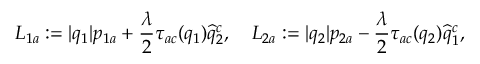
L _ { 1 a } : = \vert q _ { 1 } \vert p _ { 1 a } + \frac { \lambda } { 2 } \tau _ { a c } ( q _ { 1 } ) \widehat { q } _ { 2 } ^ { c } , \quad L _ { 2 a } : = \vert q _ { 2 } \vert p _ { 2 a } - \frac { \lambda } { 2 } \tau _ { a c } ( q _ { 2 } ) \widehat { q } _ { 1 } ^ { c } ,